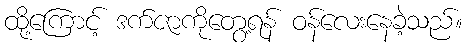
ထို့ကြောင့် ဒက်ဇာကိုတွေ့ရန် ဝန်လေးနေခဲ့သည်။